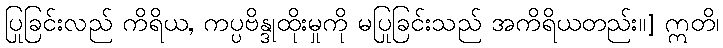
ပြုခြင်းလည် ကိရိယ, ကပ္ပဗိန္ဒုထိုးမှုကို မပြုခြင်းသည် အကိရိယတည်း။] ဣတိ၊